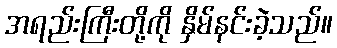
အရည်းကြီးတို့ကို နှိမ်နင်းခဲ့သည်။